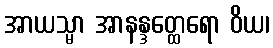
အာယသ္မာ အာနန္ဒတ္ထေရော ဝိယ၊